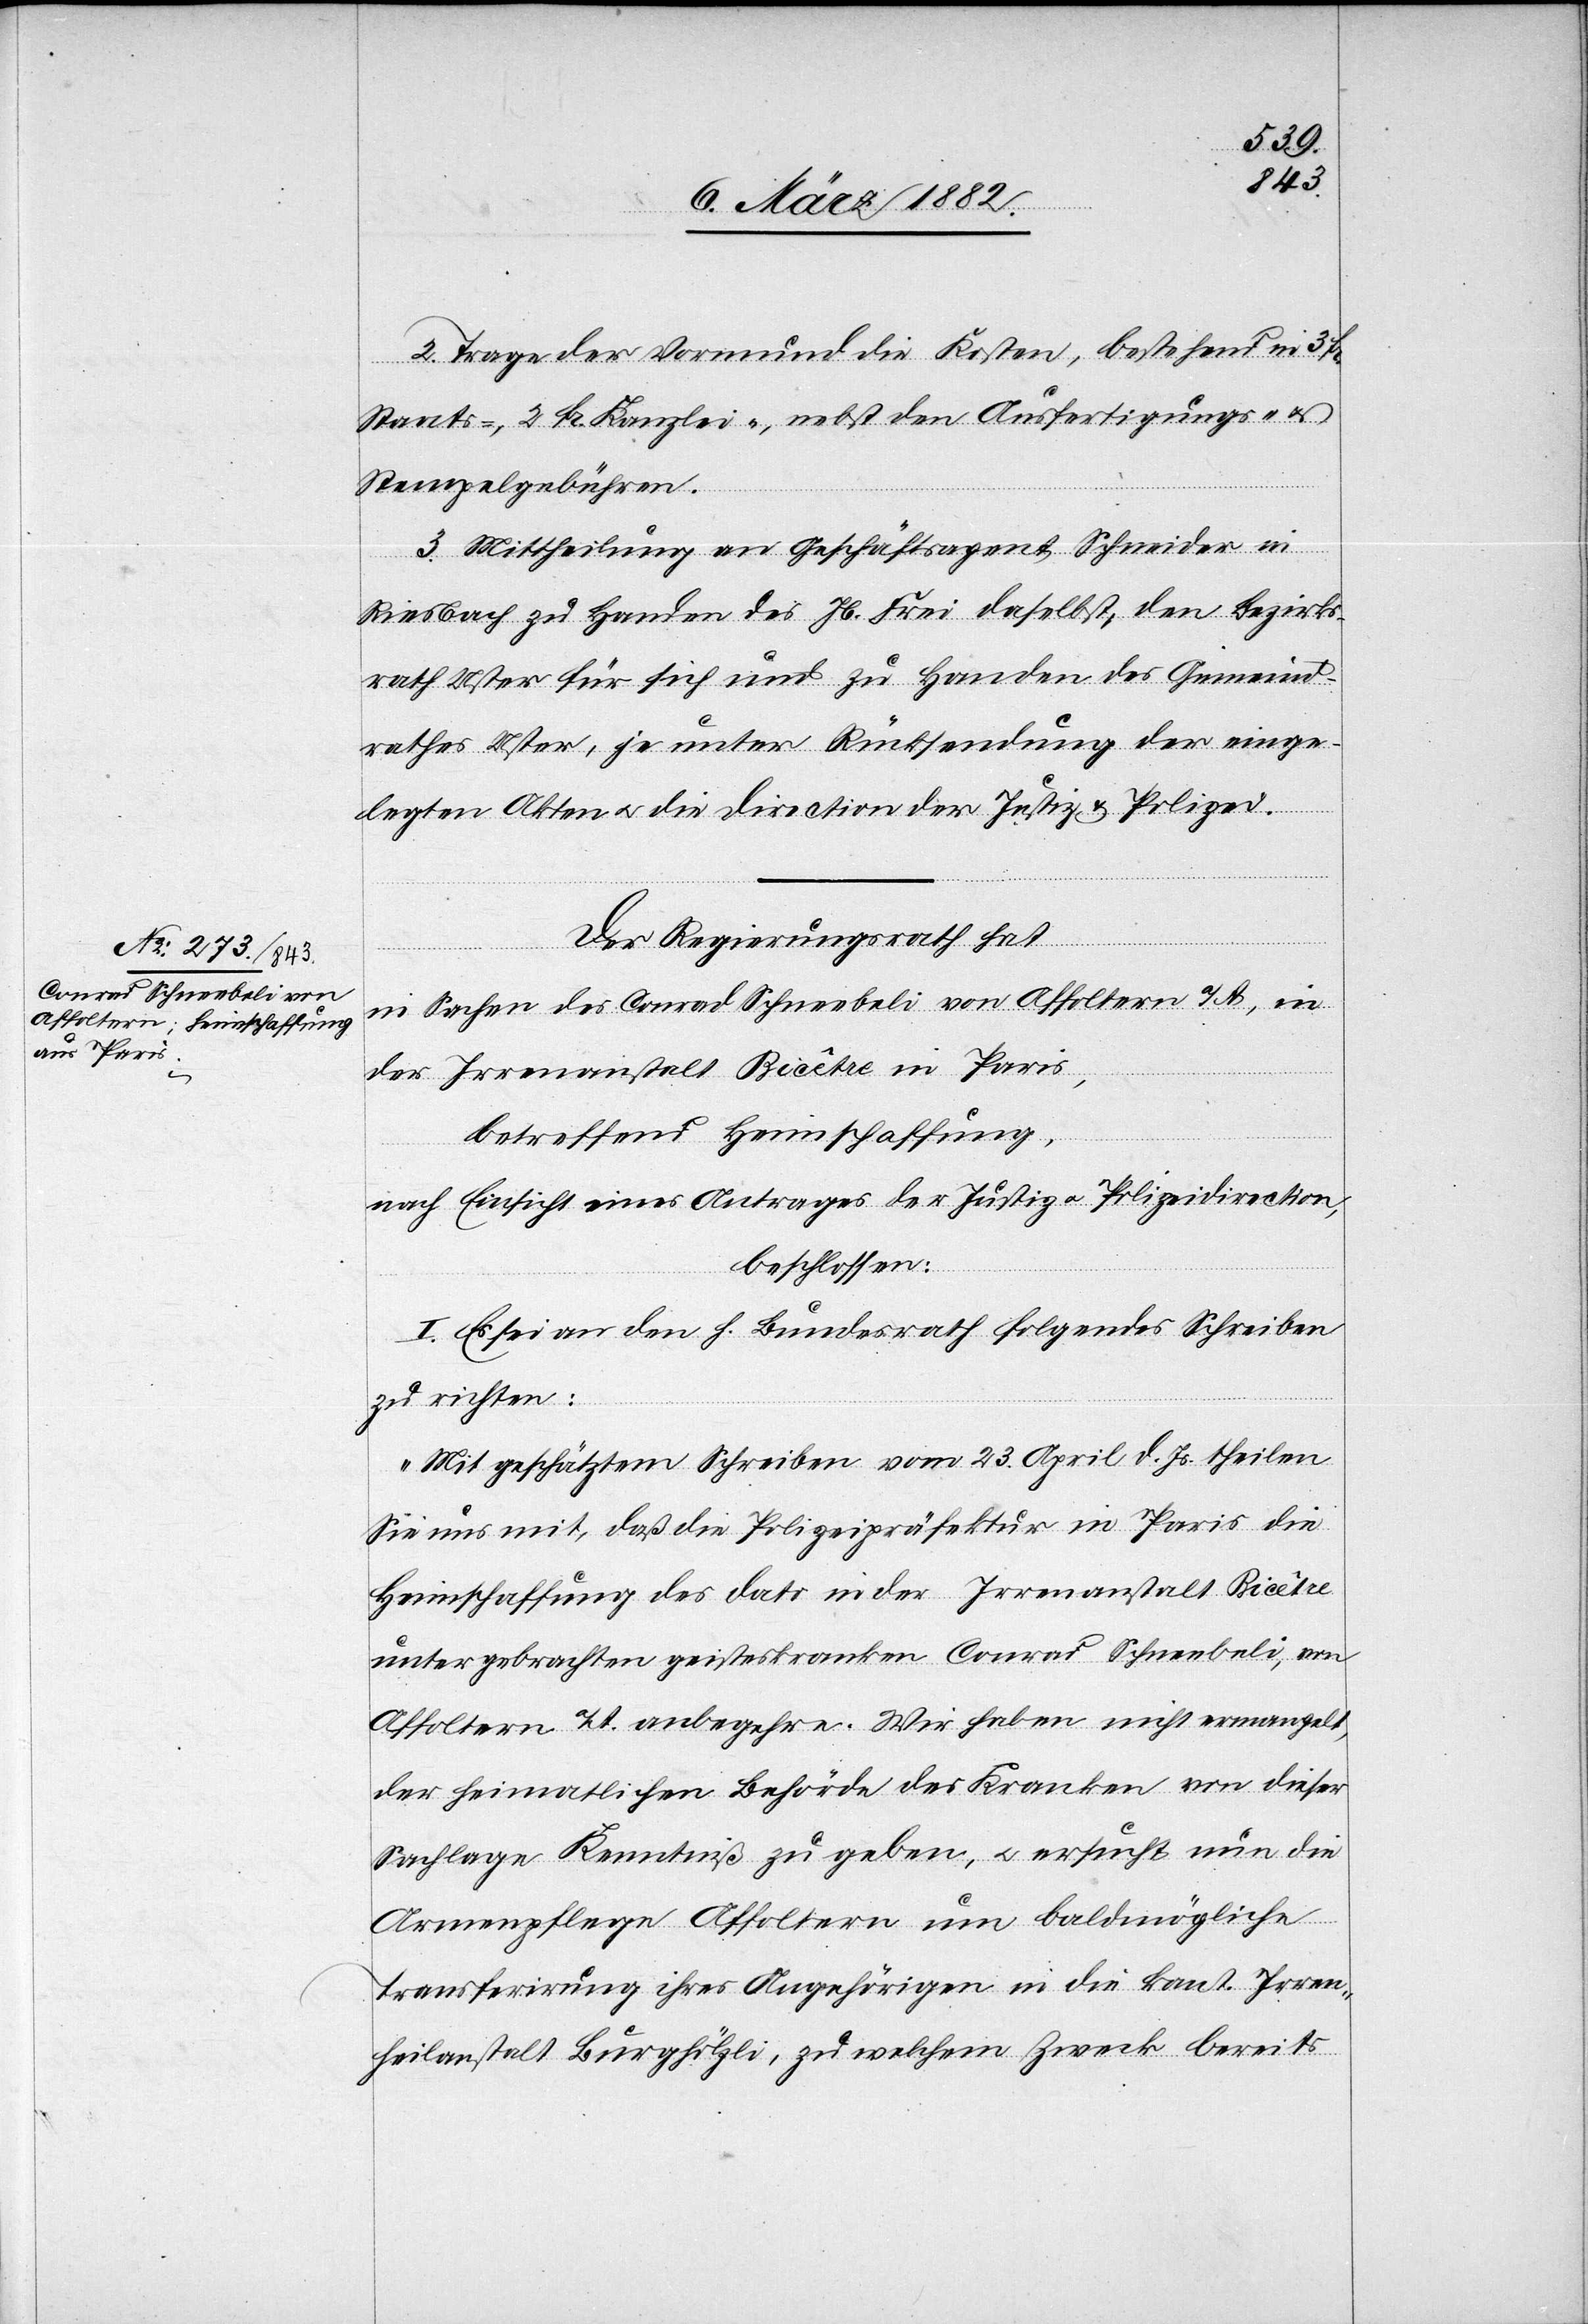
2. Trage der Vormund die Kosten, bestehend in 3 Fr.
Staats-, 2 Fr. Kanzlei-, nebst den Ausfertigungs- und
Stempelgebühren.
3. Mittheilung an Geschäftsagent Schneider in
Riesbach zu Handen des Jb. Frei daselbst, den Bezirks¬
rath Uster für sich und zu Handen des Gemeind¬
rathes Uster, je unter Rücksendung der einge¬
legten Akten u. die Direction der Justiz & Polizei.
Der Regierungsrath hat,
in Sachen des Conrad Schneebeli von Affoltern a/A., in
der Irrenanstalt Bicêtre in Paris,
betreffend Heimschaffung,
nach Einsicht eines Antrages der Justiz- u. Polizeidirection,
beschlossen:
I. Es sei an den h. Bundesrath folgendes Schreiben
zu richten:
„Mit geschätztem Schreiben vom 23. April d. Js. theilen
Sie uns mit, daß die Polizeipräfektur in Paris die
Heimschaffung des dato in der Irrenanstalt Bicêtre
untergebrachten geisteskranken Conrad Schneebeli, von
Affoltern a/A. anbegehre. Wir haben nicht ermangelt,
der heimatlichen Behörde des Kranken von dieser
Sachlage Kenntniß zu geben, u. ersucht nun die
Armenpflege Affoltern um baldmögliche
Transferirung ihres Angehörigen in die kant. Irren¬
heilanstalt Burghölzli, zu welchem Zweck bereits